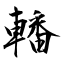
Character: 轓